Report of the King Institute of Preventive Medicine, Guindy
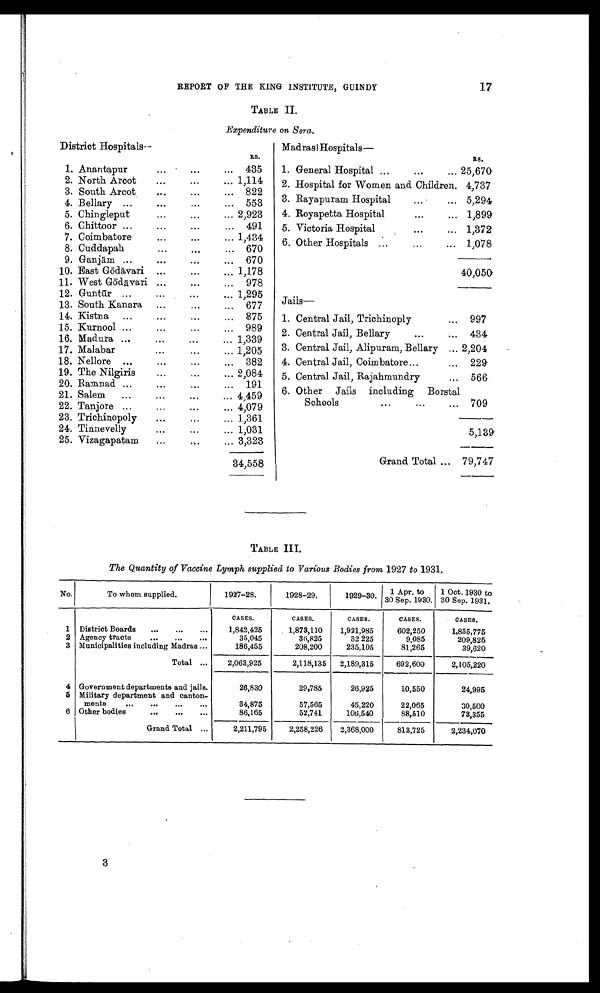
REPORT OF THE KING INSTITUTE, GUINDY
17
TABLE II.
Expenditure on Sera.
RS.
RS.
1. Anantapur
435
1. General Hospital
25,670
2. North Arcot
1,114
2. Hospital for Women and Children. 4,737
3 . South Arcot
822
4 . Bellary
553
3. Rayapuram Hospital
5,294
5. Chingleput
2,923
4. Royapetta Hospital
1,899
6. Chittoor
491
5. Victoria Hospital
1,372
7. Coimbatore
1,434
6. Other Hospitals
1,078
8. Cuddapah
670
9 . Ganjām
670
1 0 . East Gōdāvari
1,178
40,050
1 1 .
West Gōdāvari
978
1 2 . Guntūr
1,295
1 3 . South Kanara
677
1 4 . Kistna
875
1. Central Jail, Trichinoply
997
15. Kurnool
989
2. Central Jail, Bellary
434
16. Madura
1,339
17. Malabar
1,205
3. Central Jail, Alipuram, Bellary
2,204
18. Nellore
382
4. Central Jail, Coimbatore
229
19. The Nilgiris
2,084
5. Central Jail, Rajahmundry
566
20. Ramnad
191
21. Salem
4,459
22. Tanjore
4,079
2 3 . Trichinopoly
1,361
2 4 . Tinnevelly
1,031
5,139
25. Vizagapatam
3,323
34,558
Grand Total
79,747
TABLE III.
The Quantity of Vaccine Lymph supplied to Various Bodies from 1927 to 1931.
No.
To whom supplied.
1927-28.
1928-29.
1929-30.
1 Apr. to
30 Sep. 1930
.
1 Oct. 1930 to
30 Sep. 1931.
CASES.
CASES.
CASES.
CASES.
CASES.
1 District Boards
1,842,425
1,873,110
1,921,985
602,250
1,855,775
2 Agency tracts
35,045
36,825
32 225
9,085
209,825
3 Municipalities including Madras
186,455
208,200
235,105
81,265
39,620
Total
2,063,925
2,118,135
2,189,315
692,600
2,105,220
4 Government departments and jails.
26,830
29,785
26,925
10,550
24,995
5 Military department and canton
¬ments
34,875
57,565
45,220
22,065
30,500
6 Other bodies
86,165
52,741
106,540
88,510
73,355
Grand Total
2,211,795
2,258,226
2,368,000
813,725
2,234,070